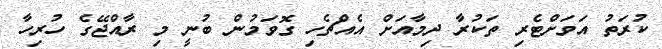
ކުރަތު އަވަށްޓެރި ތަކުރާ ދިމާއަށް އެއްޗެހި ގޮވަމުން ބުނީ މި ރާއްޖޭގެ ހުރިހާ